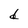
Character: d